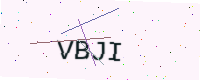
Text: VBJI